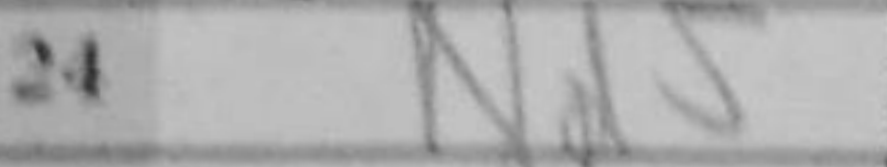
Transcription: Nd5